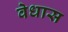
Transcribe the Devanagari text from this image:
वेधास